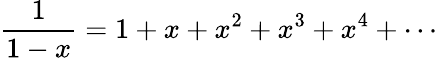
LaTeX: {\frac{1}{1-x}}=1+x+x^{2}+x^{3}+x^{4}+\cdots